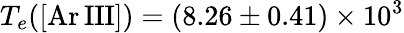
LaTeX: T_{e}(\mathrm{[Ar\, III]})=(8.26\pm 0.41)\times 10^{3}